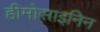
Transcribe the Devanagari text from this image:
हीमोसाइनिन